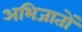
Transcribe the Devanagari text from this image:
अभिजातों